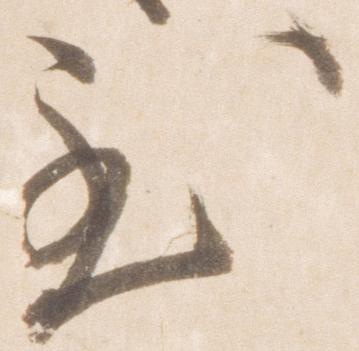
至